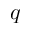
q